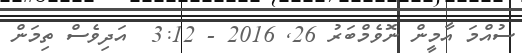
ސުއްމަ އާމީން ނޮވެމްބަރު 26